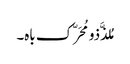
مُلذَّذو مُحَرّک باہ۔